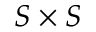
S \times S